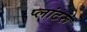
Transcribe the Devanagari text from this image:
प्लांटरूं